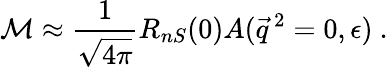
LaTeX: {\cal M}\approx\frac{1}{\sqrt{4\pi}}R_{nS}(0)A(\vec{q}\, {}^{2}=0,\epsilon)\ .